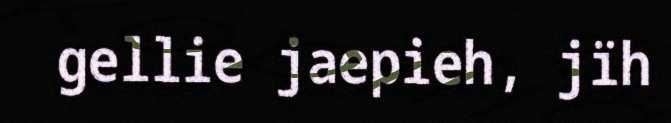
gellie jaepieh, jïh